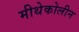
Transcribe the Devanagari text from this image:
मीथेकोलीन